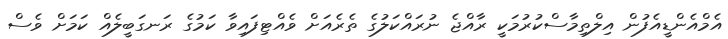
އެމްއެންޑީއެފުން އިލްތިމާސްކުރުމަކީ ރާއްޖެ ނުރައްކަލުގެ ތެރެއަށް ވެއްޓިފައިވާ ކަމުގެ ރަނގަބީލެއް ކަމަށް ވެސް